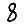
Digit: 8